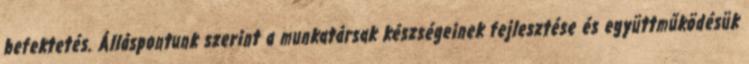
befektetés. Álláspontunk szerint a munkatársak készségeinek fejlesztése és együttműködésük